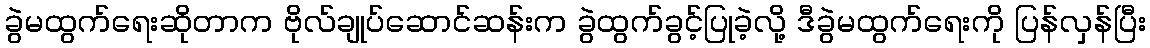
ခွဲမထွက်ရေးဆိုတာက ဗိုလ်ချုပ်ဆောင်ဆန်းက ခွဲထွက်ခွင့်ပြုခဲ့လို့ ဒီခွဲမထွက်ရေးကို ပြန်လှန်ပြီး